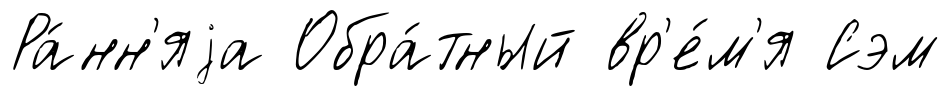
Ра́нн'яjа Обра́тный вр'е́м'я Сэм